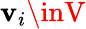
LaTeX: \mathbf{v}_{i}\inV